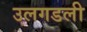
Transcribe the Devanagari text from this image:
उलगडली